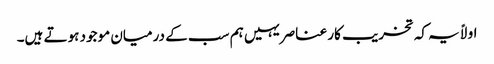
اولاً یہ کہ تخریب کار عناصر یہیں ہم سب کے درمیان موجود ہوتے ہیں۔